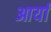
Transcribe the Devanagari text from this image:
आर्यां